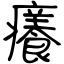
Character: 癢